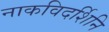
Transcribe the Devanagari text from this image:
नाकविदर्शिनि